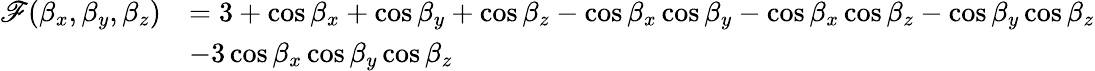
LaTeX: \begin{array}{rl}{\mathscr F(\beta_{x},\beta_{y},\beta_{z})}&{=3+\cos\beta_{x}+\cos\beta_{y}+\cos\beta_{z}-\cos\beta_{x}\cos\beta_{y}-\cos\beta_{x}\cos\beta_{z}-\cos\beta_{y}\cos\beta_{z}}\\ &{-3\cos\beta_{x}\cos\beta_{y}\cos\beta_{z}}\end{array}